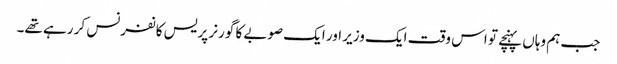
جب ہم وہاں پہنچے تو اس وقت ایک وزیر اور ایک صوبے کا گورنر پریس کانفرنس کر رہے تھے۔